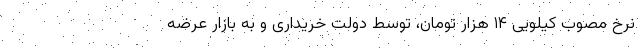
نرخ مصوب کیلویی ۱۴ هزار تومان، توسط دولت خریداری و به بازار عرضه